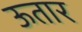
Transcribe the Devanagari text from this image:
ऊतार